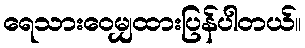
ရေသားဝေမျှထားပြန်ပါတယ်။